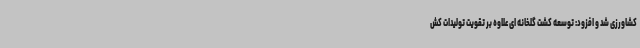
کشاورزی شد و افزود: توسعه کشت گلخانه ای علاوه بر تقویت تولیدات کش